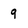
Character: 9